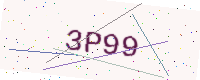
Text: 3P99